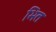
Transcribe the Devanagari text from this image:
भित